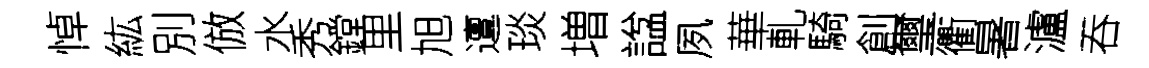
悼紘別倣水秀鏜里旭邅琰増諡夙華軋騎創璽衢暑瀘吞